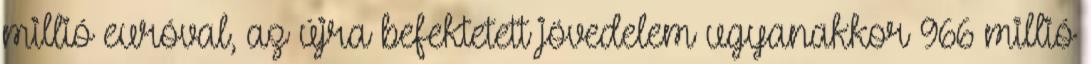
millió euróval, az újra befektetett jövedelem ugyanakkor 966 millió